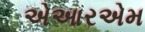
એઆરએમ